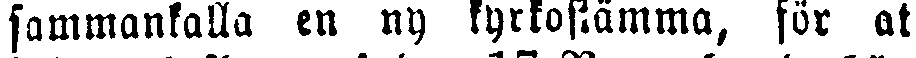
sammankalla en ny kyrkostämma, för at